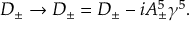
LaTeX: D _ { \pm } \rightarrow { \cal D } _ { \pm } = D _ { \pm } - i A _ { \pm } ^ { 5 } \gamma ^ { 5 } .